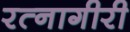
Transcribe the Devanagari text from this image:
रत्नागीरी